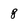
Character: 8